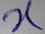
Text: X